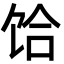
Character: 饸